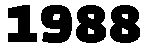
1988